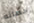
حصانه